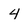
Character: 4